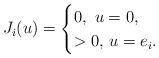
LaTeX: \begin{align*}J_i(u)=\begin{cases}0,\,\,u=0,\\>0, \,u=e_i.\end{cases}\end{align*}